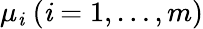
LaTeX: \mu_{\mathit{i}}\ (\mathit{i}=1,\ldots,m)